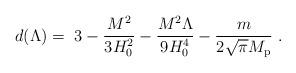
LaTeX: \begin{align*} d(\Lambda) =\ 3 - {M^2\over3H_0^2} - {M^2\Lambda\over9H_0^4} - {m\over2\sqrt\pi M_{\rm p}}\ .\end{align*}